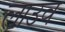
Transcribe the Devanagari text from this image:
लाउव